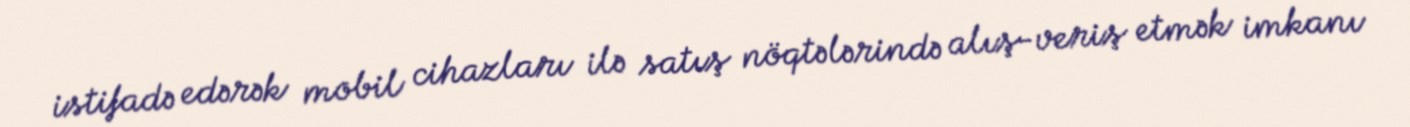
istifadə edərək mobil cihazları ilə satış nöqtələrində alış-veriş etmək imkanı